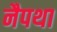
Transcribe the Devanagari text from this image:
नैपथा